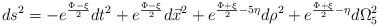
LaTeX: \begin{align*}ds^{2} = - e^{\frac{\Phi-\xi}{2}}dt^{2}+e^{\frac{\Phi-\xi}{2}}d\vec{x}^{2}+e^{\frac{\Phi+\xi}{2}-5\eta}d\rho^{2} +e^{\frac{\Phi+\xi}{2}-\eta}d\Omega_{5}^{2}\end{align*}